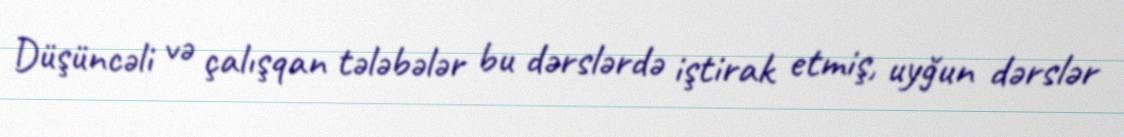
Düşüncəli və çalışqan tələbələr bu dərslərdə iştirak etmiş, uyğun dərslər